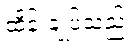
ထိန်းချုပ်သည့်